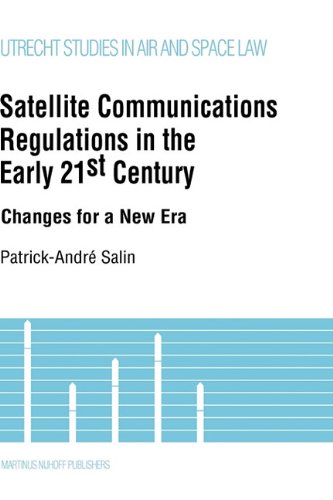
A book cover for Satellite Communications in the Early 21st Century, Changes for A New Era (Utrecht Studies in Air and Space Law); Patrick-AndrÃ© Salin; Law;